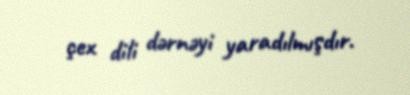
çex dili dərnəyi yaradılmışdır.